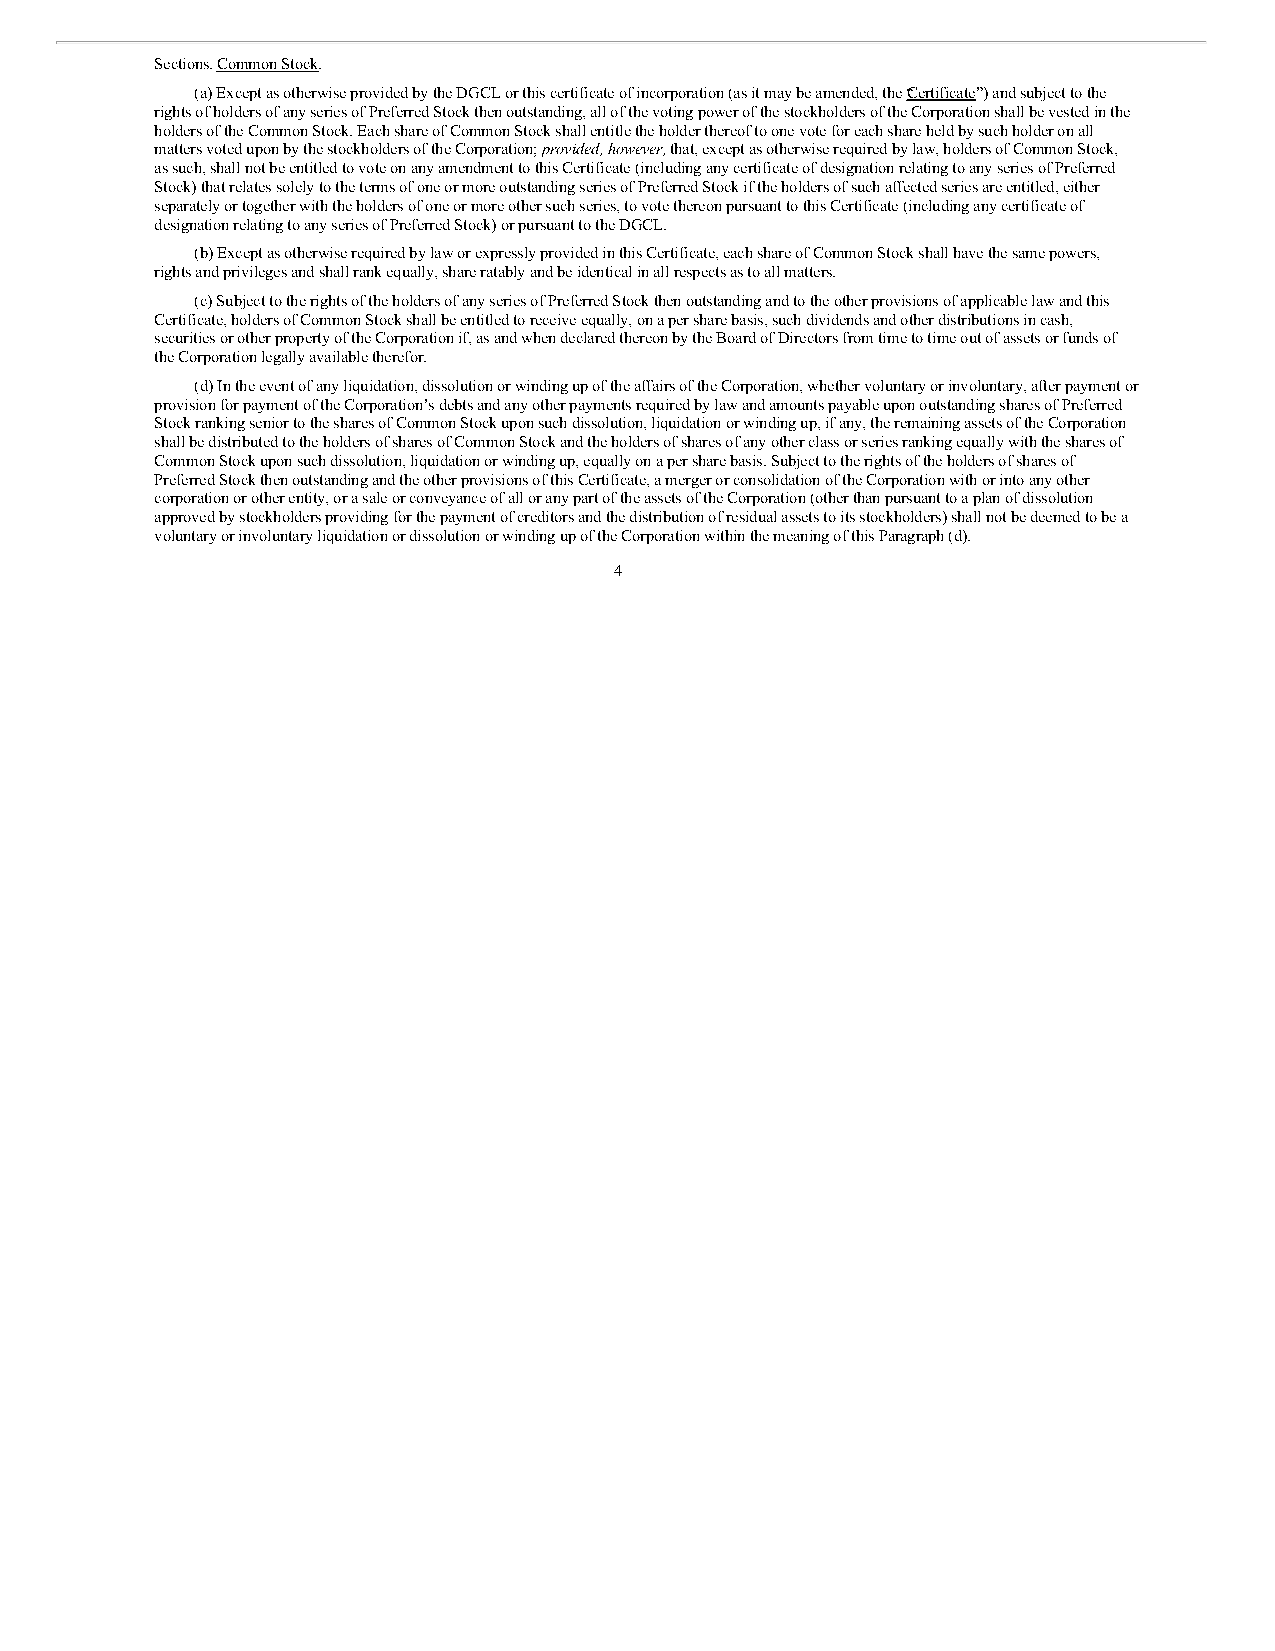
Sections. Common Stock.
 (a) Except as otherwise provided by the DGCL or this certificate of incorporation (as it may be amended, the “Certificate”) and subject to the
 rights of holders of any series of Preferred Stock then outstanding, all of the voting power of the stockholders of the Corporation shall be vested in the
 holders of the Common Stock. Each share of Common Stock shall entitle the holder thereof to one vote for each share held by such holder on all
 matters voted upon by the stockholders of the Corporation; provided, however, that, except as otherwise required by law, holders of Common Stock,
 as such, shall not be entitled to vote on any amendment to this Certificate (including any certificate of designation relating to any series of Preferred
 Stock) that relates solely to the terms of one or more outstanding series of Preferred Stock if the holders of such affected series are entitled, either
 separately or together with the holders of one or more other such series, to vote thereon pursuant to this Certificate (including any certificate of
 designation relating to any series of Preferred Stock) or pursuant to the DGCL.
 (b) Except as otherwise required by law or expressly provided in this Certificate, each share of Common Stock shall have the same powers,
 rights and privileges and shall rank equally, share ratably and be identical in all respects as to all matters.
 (c) Subject to the rights of the holders of any series of Preferred Stock then outstanding and to the other provisions of applicable law and this
 Certificate, holders of Common Stock shall be entitled to receive equally, on a per share basis, such dividends and other distributions in cash,
 securities or other property of the Corporation if, as and when declared thereon by the Board of Directors from time to time out of assets or funds of
 the Corporation legally available therefor.
 (d) In the event of any liquidation, dissolution or winding up of the affairs of the Corporation, whether voluntary or involuntary, after payment or
 provision for payment of the Corporation’s debts and any other payments required by law and amounts payable upon outstanding shares of Preferred
 Stock ranking senior to the shares of Common Stock upon such dissolution, liquidation or winding up, if any, the remaining assets of the Corporation
 shall be distributed to the holders of shares of Common Stock and the holders of shares of any other class or series ranking equally with the shares of
 Common Stock upon such dissolution, liquidation or winding up, equally on a per share basis. Subject to the rights of the holders of shares of
 Preferred Stock then outstanding and the other provisions of this Certificate, a merger or consolidation of the Corporation with or into any other
 corporation or other entity, or a sale or conveyance of all or any part of the assets of the Corporation (other than pursuant to a plan of dissolution
 approved by stockholders providing for the payment of creditors and the distribution of residual assets to its stockholders) shall not be deemed to be a
 voluntary or involuntary liquidation or dissolution or winding up of the Corporation within the meaning of this Paragraph (d).
 4